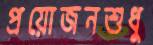
প্রয়োজনশুধু